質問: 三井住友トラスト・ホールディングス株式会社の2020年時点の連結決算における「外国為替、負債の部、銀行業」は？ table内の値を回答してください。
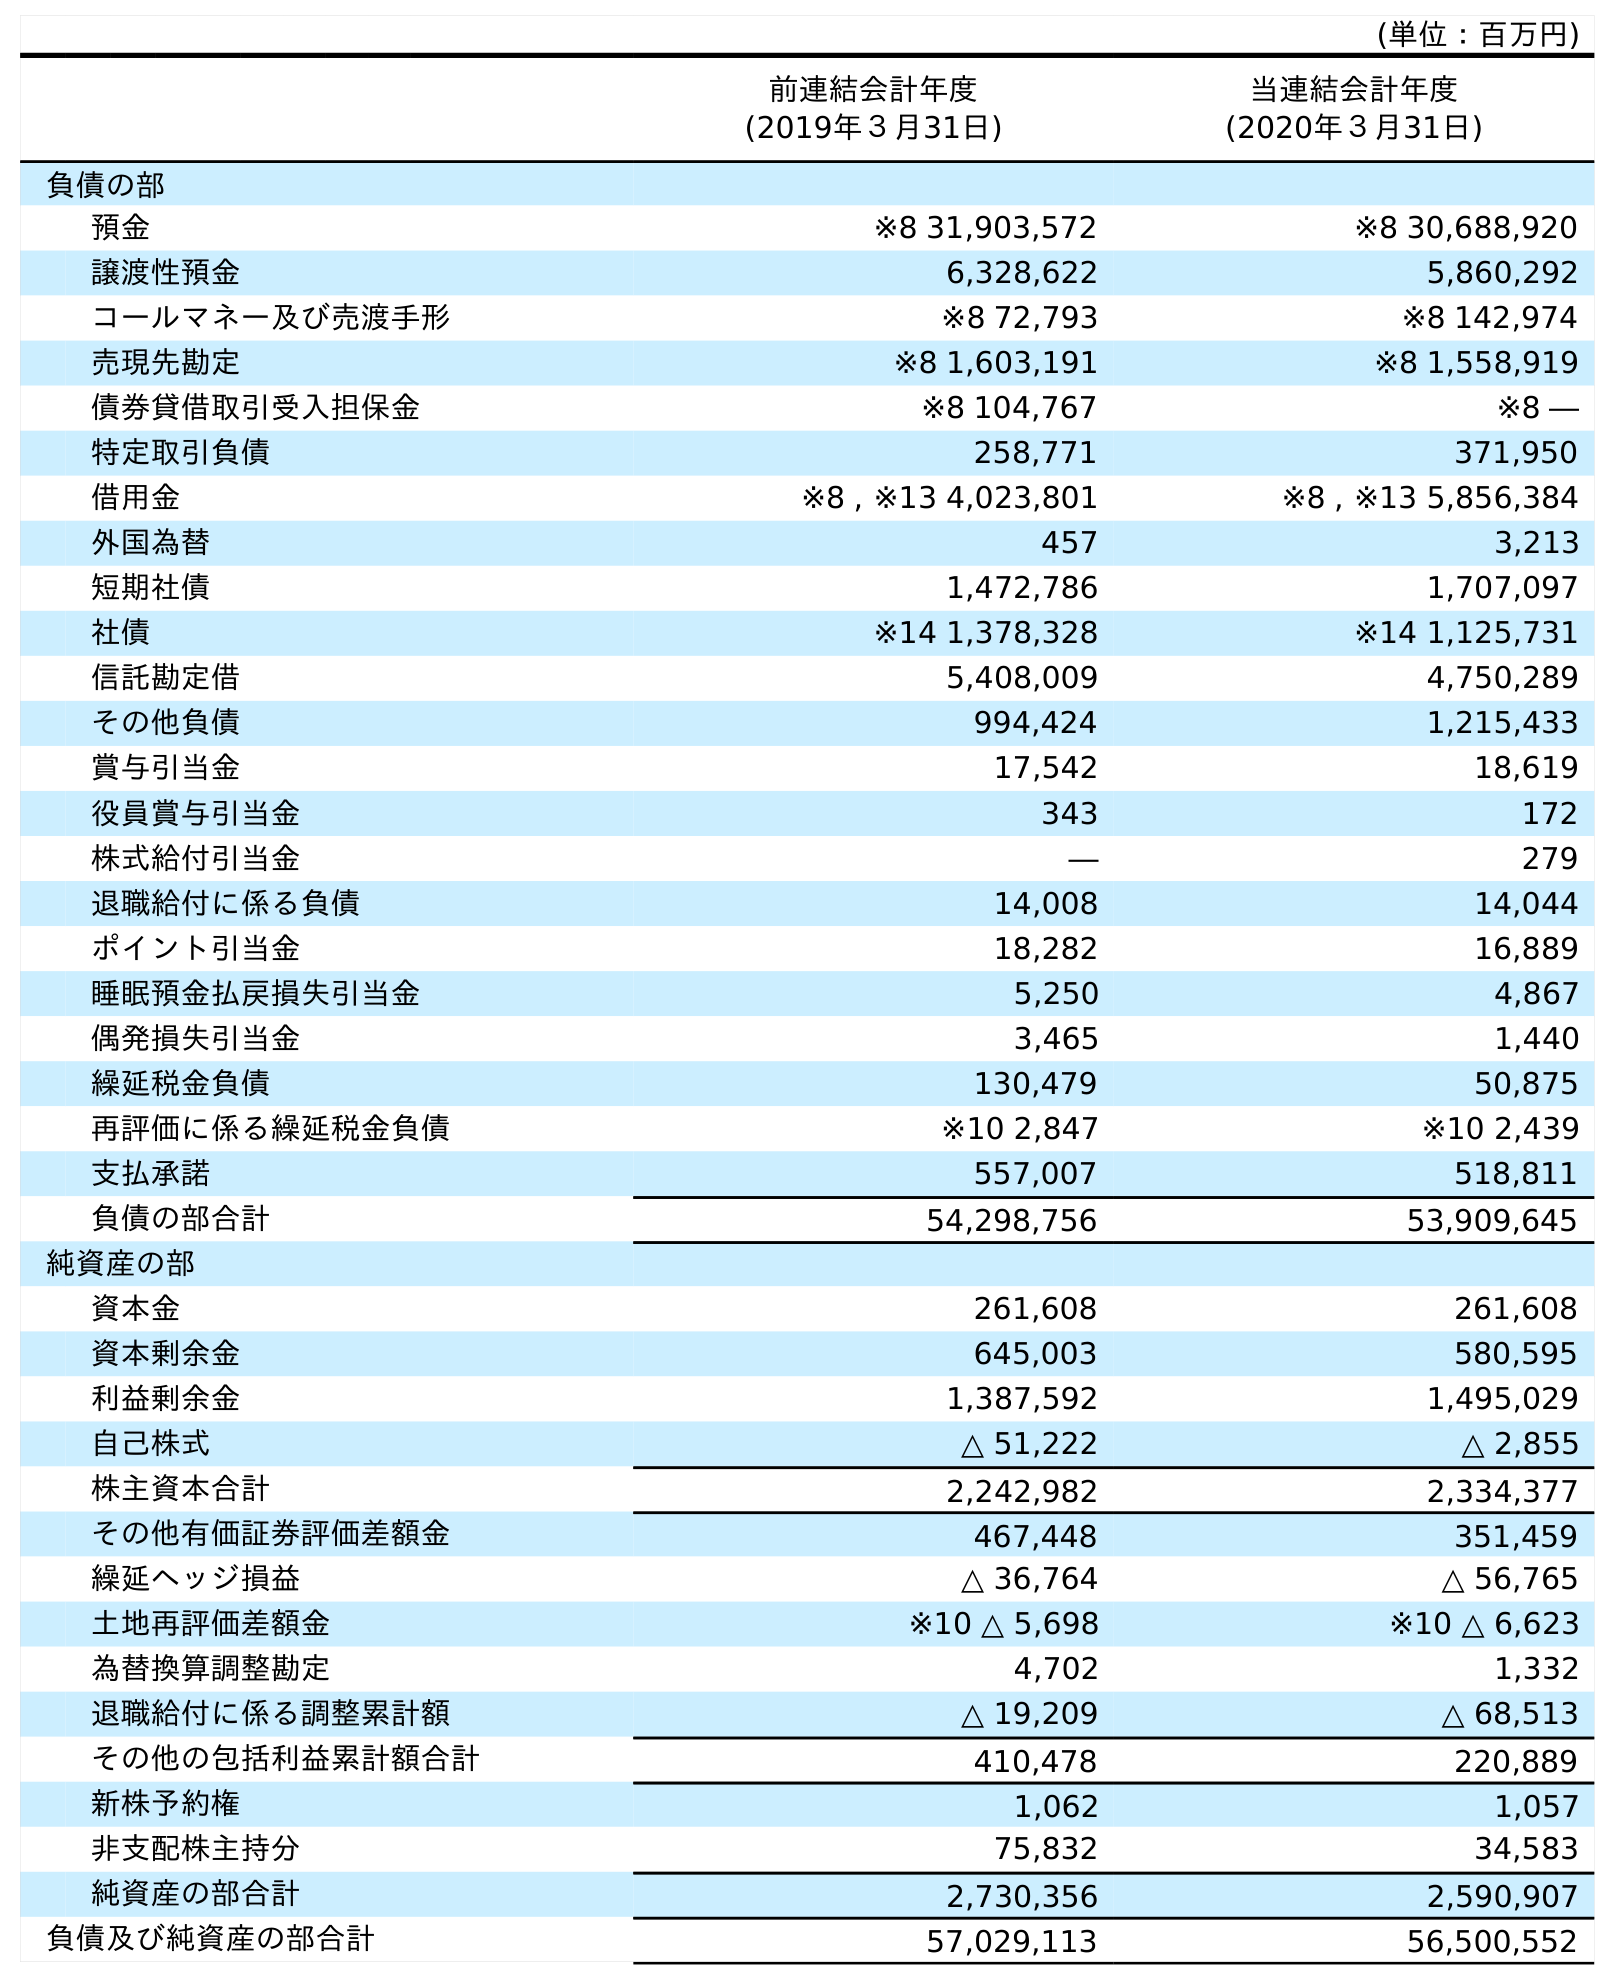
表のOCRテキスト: (単位：百万円) 前連結会計年度 (2019年３月31日) 当連結会計年度 (2020年３月31日) 負債の部 預金 ※8 31,903,572 ※8 30,688,920 譲渡性預金 6,328,622 5,860,292 コールマネー及び売渡手形 ※8 72,793 ※8 142,974 売現先勘定 ※8 1,603,191 ※8 1,558,919 債券貸借取引受入担保金 ※8 104,767 ※8 ― 特定取引負債 258,771 371,950 借用金 ※8 , ※13 4,023,801 ※8 , ※13 5,856,384 外国為替 457 3,213 短期社債 1,472,786 1,707,097 社債 ※14 1,378,328 ※14 1,125,731 信託勘定借 5,408,009 4,750,289 その他負債 994,424 1,215,433 賞与引当金 17,542 18,619 役員賞与引当金 343 172 株式給付引当金 ― 279 退職給付に係る負債 14,008 14,044 ポイント引当金 18,282 16,889 睡眠預金払戻損失引当金 5,250 4,867 偶発損失引当金 3,465 1,440 繰延税金負債 130,479 50,875 再評価に係る繰延税金負債 ※10 2,847 ※10 2,439 支払承諾 557,007 518,811 負債の部合計 54,298,756 53,909,645 純資産の部 資本金 261,608 261,608 資本剰余金 645,003 580,595 利益剰余金 1,387,592 1,495,029 自己株式 △ 51,222 △ 2,855 株主資本合計 2,242,982 2,334,377 その他有価証券評価差額金 467,448 351,459 繰延ヘッジ損益 △ 36,764 △ 56,765 土地再評価差額金 ※10 △ 5,698 ※10 △ 6,623 為替換算調整勘定 4,702 1,332 退職給付に係る調整累計額 △ 19,209 △ 68,513 その他の包括利益累計額合計 410,478 220,889 新株予約権 1,062 1,057 非支配株主持分 75,832 34,583 純資産の部合計 2,730,356 2,590,907 負債及び純資産の部合計 57,029,113 56,500,552
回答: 3,213